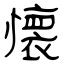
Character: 懐